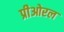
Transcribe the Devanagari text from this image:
प्रीओरल